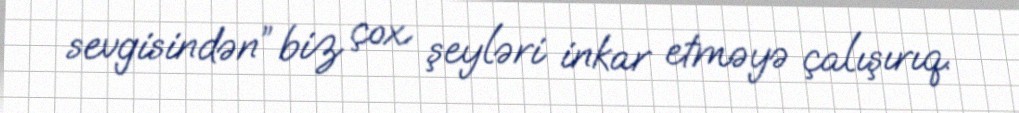
sevgisindən” biz çox şeyləri inkar etməyə çalışırıq.